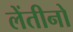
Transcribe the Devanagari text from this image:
लेंतीनो